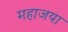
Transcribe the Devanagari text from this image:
महाजया